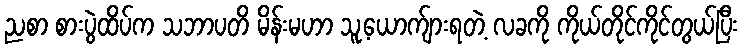
ညစာ စားပွဲထိပ်က သဘာပတိ မိန်းမဟာ သူ့ယောက်ျားရတဲ့ လခကို ကိုယ်တိုင်ကိုင်တွယ်ပြီး